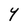
Character: Y